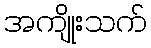
အကျိုးသက်